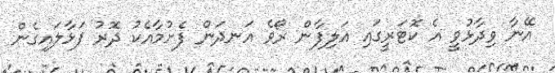
އޭނާ ވިދާޅުވީ އެ ކޮޓަރީގައި އަލިފާން ރޯވެ އަނދަން ފެށުމާއެކު ދޮރު ފަޅާލައިގެން